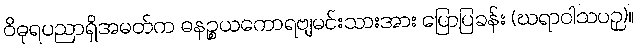
ဝိဓုရပညာရှိအမတ်က ဓနဉ္စယကောရဗျမင်းသားအား ပြောပြခန်း (ဃရာဝါသပဉှ)။